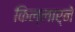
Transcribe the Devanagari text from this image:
किल्लार्ने